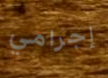
إجرامي